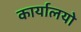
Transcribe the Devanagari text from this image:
कार्यालयो